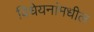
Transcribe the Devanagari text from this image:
विधेयनांमधील